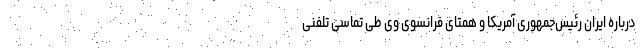
درباره ایران رئیس‌جمهوری آمریکا و همتای فرانسوی وی طی تماسی تلفنی